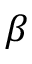
\beta